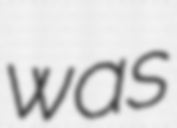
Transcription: was